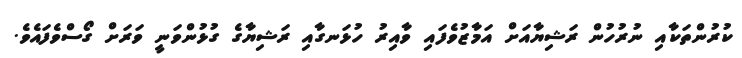
ކުރުންތަކާއި ނުރުހުން ރަޝިޔާއަށް އަމާޒުވެފައި ވާއިރު ހުޅަނގާއި ރަޝިޔާގެ ގުޅުންވަނީ ވަރަށް ގޯސްވެފައެވެ.